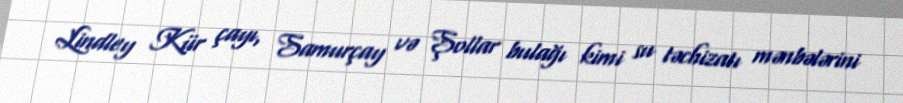
Lindley Kür çayı, Samurçay və Şollar bulağı kimi su təchizatı mənbələrini